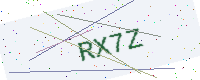
Text: RX7Z